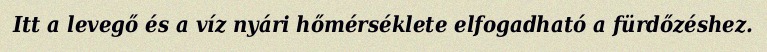
Itt a levegő és a víz nyári hőmérséklete elfogadható a fürdőzéshez.